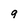
Character: 9